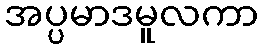
အပ္ပမာဒမူလကာ